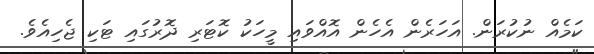
ކަމެއް ނުކުރަން. އަހަރެން އެހެން އޮއްވައި މީހަކު ކޮޓަރި ދޮރުގައި ޓަކި ޖެހިއެވެ.